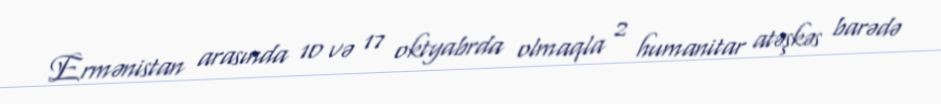
Ermənistan arasında 10 və 17 oktyabrda olmaqla 2 humanitar atəşkəs barədə